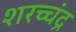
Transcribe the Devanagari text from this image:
शरच्चंंद्र